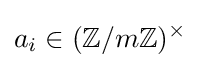
a_{i}\in (\mathbb {Z} /m\mathbb {Z} )^{\times }